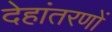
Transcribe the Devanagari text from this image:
देहांतरणों